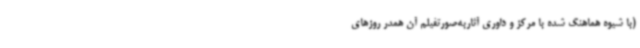
(با شیوه هماهنگ شده با مرکز و داوری آثاربه‌صورتفیلم آن همدر روزهای